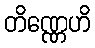
တိဏ္ဏေဟိ